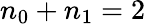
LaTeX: n_{0}+n_{1}=2